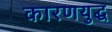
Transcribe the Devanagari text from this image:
कारणयुद्ध